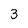
Character: 3